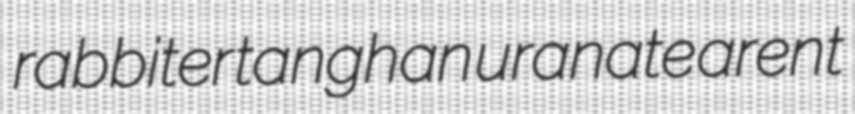
rabbiter tanghan uranate arent